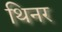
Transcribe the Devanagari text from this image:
थिनर